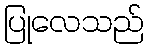
ပြုလေသည်